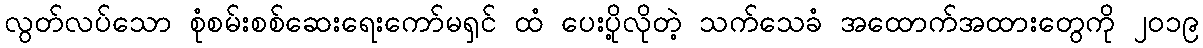
လွတ်လပ်သော စုံစမ်းစစ်ဆေးရေးကော်မရှင် ထံ ပေးပို့လိုတဲ့ သက်သေခံ အထောက်အထားတွေကို ၂၀၁၉